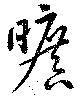
曠